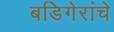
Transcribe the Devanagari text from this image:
बडिगेरांचे